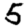
Digit: 5